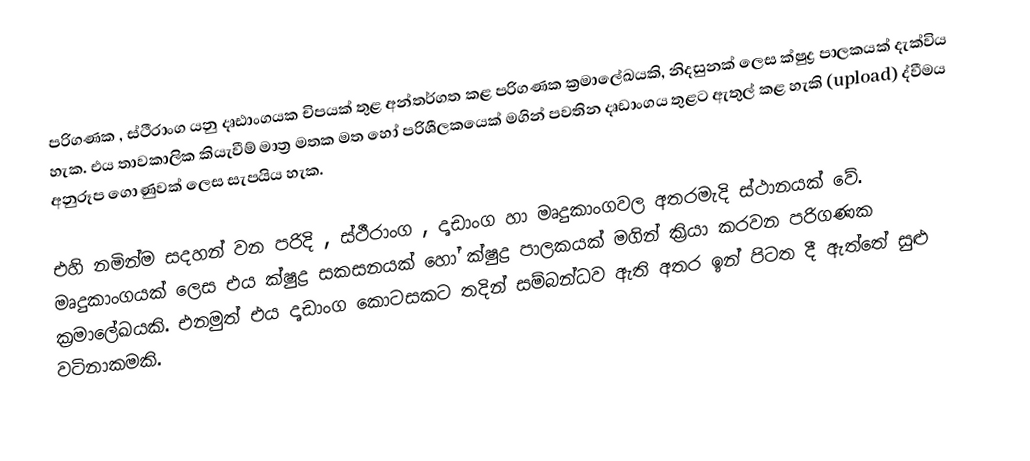
පරිගණක , ස්ථීරාංග යනු දෘඪාංගයක චිපයක් තුළ අන්තර්ගත කළ පරිගණක ක්‍රමාලේඛයකි, නිදසුනක් ලෙස ක්ෂුද්‍ර පාලකයක් දැක්විය හැක. එය තාවකාලික කියැවීම් මාත්‍ර මතක මත හෝ පරිශීලකයෙක් මගින් පවතින දෘඩාංගය තුළට ඇතුල් කළ හැකි (upload) ද්වීමය අනුරූප ගොණුවක් ලෙස සැපයිය හැක.

එහි නමින්ම සදහන් වන පරිදි , ස්ථීරාංග , දෘඩාංග හා මෘදුකාංගවල අතරමැදි ස්ථානයක් වේ. මෘදුකාංගයක් ලෙස එය ක්ෂුද්‍ර සකසනයක් හෝ ක්ෂුද්‍ර පාලකයක් මගින් ක්‍රියා කරවන පරිගණක ක්‍රමාලේඛයකි. එනමුත් එය දෘඩාංග කොටසකට තදින් සම්බන්ධව ඇති අතර ඉන් පිටත දී ඇත්තේ සුළු වටිනාකමකි.